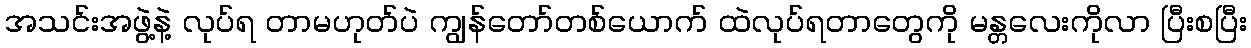
အသင်းအဖွဲ့နဲ့ လုပ်ရ တာမဟုတ်ပဲ ကျွန်တော်တစ်ယောက် ထဲလုပ်ရတာတွေကို မန္တလေးကိုလာ ပြီးစပြီး